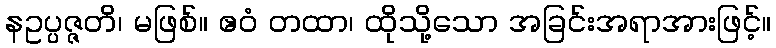
နဥပ္ပဇ္ဇတိ၊ မဖြစ်။ ဧဝံ တထာ၊ ထိုသို့သော အခြင်းအရာအားဖြင့်။